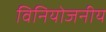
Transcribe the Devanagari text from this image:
विनियोजनीय